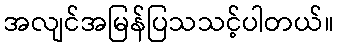
အလျင်အမြန်ပြသသင့်ပါတယ်။